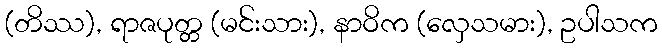
(တိဿ), ရာဇပုတ္တ (မင်းသား), နာဝိက (လှေသမား), ဥပါသက